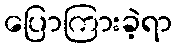
ပြောကြားခဲ့ရာ